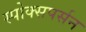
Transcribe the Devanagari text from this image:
स्पोक्सपर्सन